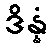
ဒိန္နံ